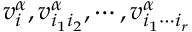
v _ { i } ^ { \alpha } , v _ { i _ { 1 } i _ { 2 } } ^ { \alpha } , \cdots , v _ { i _ { 1 } \cdots i _ { r } } ^ { \alpha }